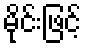
မိုင်းဖြင့်